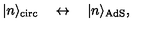
| n \rangle _ { \mathrm { c i r c } } \quad \leftrightarrow \quad | n \rangle _ { \mathrm { A d S } } ,